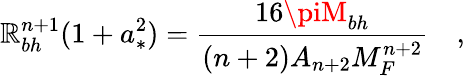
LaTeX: \mathbb{R}_{bh}^{n+1}(1+a_{*}^{2})=\frac{{16\piM_{bh}}}{{(n+2)A_{n+2}M_{F}^{n+2}}}\quad,